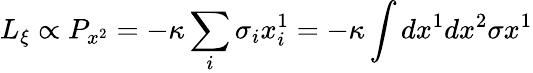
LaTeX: L_{\xi}\propto P_{x^{2}}=-\kappa\sum_{i}\sigma_{i}x_{i}^{1}=-\kappa\int dx^{1}dx^{2}\sigma x^{1}